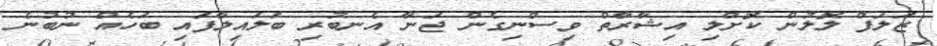
ޒަލަފް ލޮލުން ކޮށްލި އިޝާރާތް ވިސްނިގެން ޖަނާ އެނބުރި ބަލައިލާފައި ބަހެއް ނުބުނެ